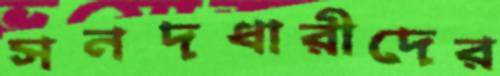
সনদধারীদের